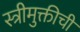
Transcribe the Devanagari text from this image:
स्त्रीमुक्तीची